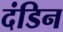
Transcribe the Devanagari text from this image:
दंडिन